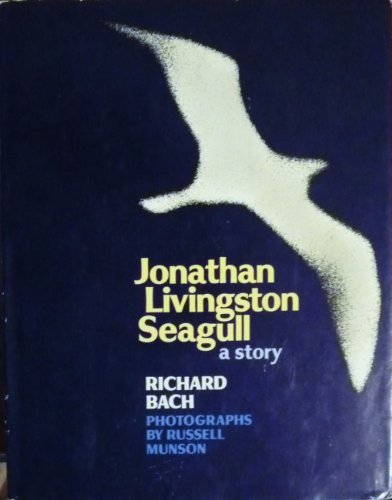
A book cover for Jonathan Livingston Seagull; Richard Bach; Literature & Fiction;